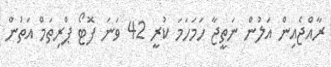
ރާއްޖެއިން އަލުން ނަތީޖާ ހަމަހަމަ ކުރީ 42 ވަނަ ފޮޓޯ ޕްރިތަމް އަތުން